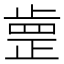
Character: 𣦐